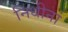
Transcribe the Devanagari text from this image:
निधीनां